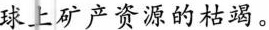
球上矿产资源的枯竭。